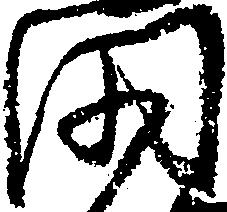
門